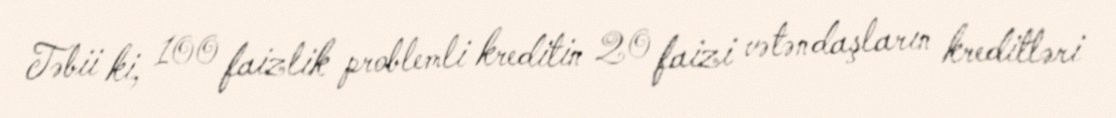
Təbii ki, 100 faizlik problemli kreditin 20 faizi vətəndaşların kreditləri